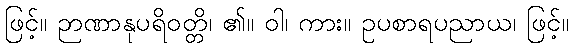
ဖြင့်။ ဉာဏာနုပရိဝတ္တိ၊ ၏။ ဝါ၊ ကား။ ဥပစာရပညာယ၊ ဖြင့်။